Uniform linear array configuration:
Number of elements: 32
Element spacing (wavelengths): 1
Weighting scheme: blackman
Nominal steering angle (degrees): -15
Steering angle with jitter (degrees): -13.716
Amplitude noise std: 0.05
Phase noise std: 0.05

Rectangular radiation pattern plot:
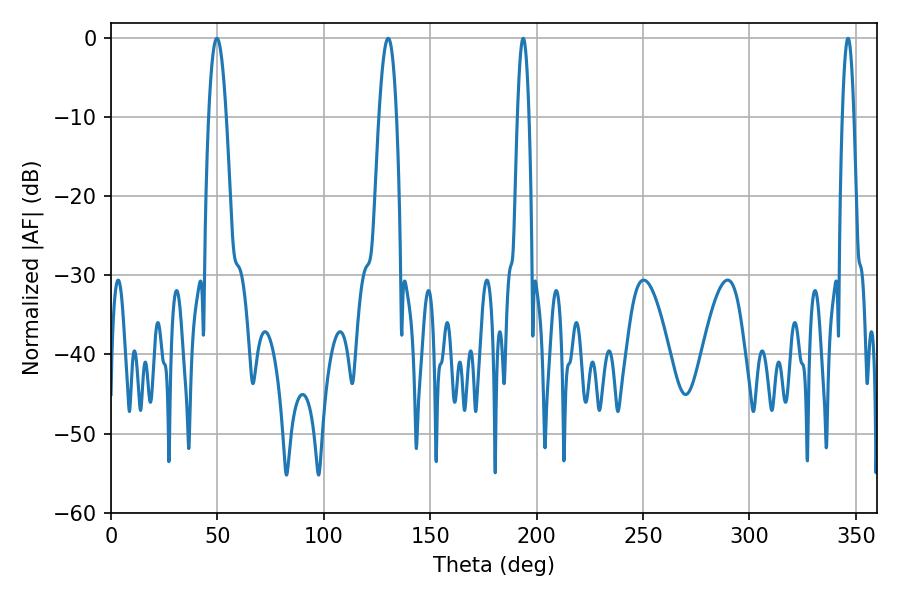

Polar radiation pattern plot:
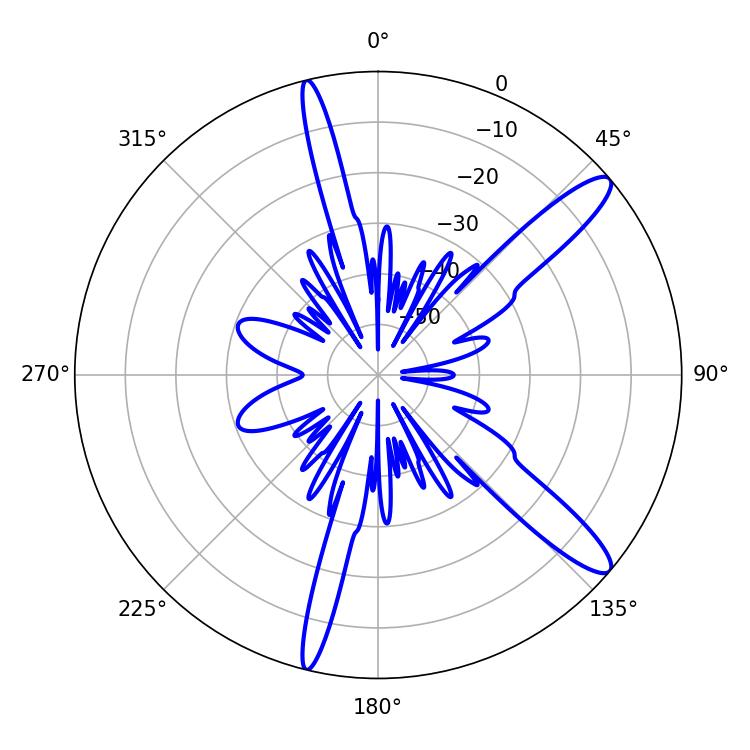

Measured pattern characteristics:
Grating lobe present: TRUE
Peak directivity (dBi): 12.812
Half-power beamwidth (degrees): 2.88
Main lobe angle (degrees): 193.68